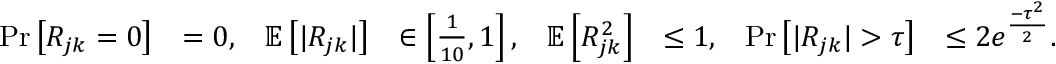
\begin{array} { r l r l r l r l } { \Pr \left[ R _ { j k } = 0 \right] } & { = 0 , } & { \mathbb { E } \left[ | R _ { j k } | \right] } & { \in \left[ \frac { 1 } { 1 0 } , 1 \right] , } & { \mathbb { E } \left[ R _ { j k } ^ { 2 } \right] } & { \le 1 , } & { \Pr \left[ | R _ { j k } | > \tau \right] } & { \le 2 e ^ { \frac { - \tau ^ { 2 } } { 2 } } . } \end{array}